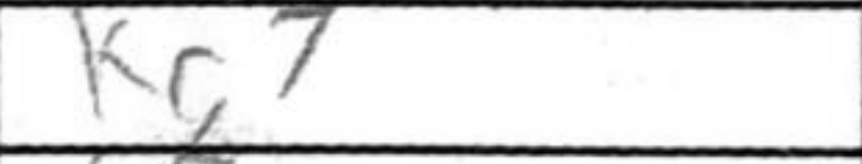
Transcription: Kg7